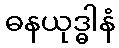
ဓနယုဒ္ဓါနံ